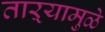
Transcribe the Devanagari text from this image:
ताऱ्यामुळे